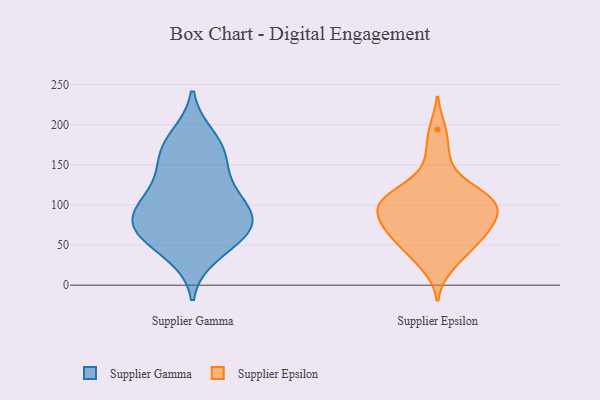
{"axis": {"x": "Inventory Turnover", "y": "Value"}, "legend": ["Supplier Epsilon", "Supplier Gamma"], "data": [{"x": "", "y": 59, "type": "Supplier Gamma"}, {"x": "", "y": 145, "type": "Supplier Gamma"}, {"x": "", "y": 72, "type": "Supplier Gamma"}, {"x": "", "y": 120, "type": "Supplier Gamma"}, {"x": "", "y": 169, "type": "Supplier Gamma"}, {"x": "", "y": 60, "type": "Supplier Gamma"}, {"x": "", "y": 74, "type": "Supplier Gamma"}, {"x": "", "y": 39, "type": "Supplier Gamma"}, {"x": "", "y": 88, "type": "Supplier Gamma"}, {"x": "", "y": 184, "type": "Supplier Gamma"}, {"x": "", "y": 90, "type": "Supplier Gamma"}, {"x": "", "y": 113, "type": "Supplier Gamma"}, {"x": "", "y": 89, "type": "Supplier Gamma"}, {"x": "", "y": 167, "type": "Supplier Gamma"}, {"x": "", "y": 82, "type": "Supplier Epsilon"}, {"x": "", "y": 85, "type": "Supplier Epsilon"}, {"x": "", "y": 77, "type": "Supplier Epsilon"}, {"x": "", "y": 111, "type": "Supplier Epsilon"}, {"x": "", "y": 165, "type": "Supplier Epsilon"}, {"x": "", "y": 62, "type": "Supplier Epsilon"}, {"x": "", "y": 105, "type": "Supplier Epsilon"}, {"x": "", "y": 22, "type": "Supplier Epsilon"}, {"x": "", "y": 105, "type": "Supplier Epsilon"}, {"x": "", "y": 194, "type": "Supplier Epsilon"}, {"x": "", "y": 111, "type": "Supplier Epsilon"}, {"x": "", "y": 37, "type": "Supplier Epsilon"}, {"x": "", "y": 101, "type": "Supplier Epsilon"}, {"x": "", "y": 95, "type": "Supplier Epsilon"}, {"x": "", "y": 138, "type": "Supplier Epsilon"}, {"x": "", "y": 115, "type": "Supplier Epsilon"}, {"x": "", "y": 53, "type": "Supplier Epsilon"}, {"x": "", "y": 65, "type": "Supplier Epsilon"}, {"x": "", "y": 76, "type": "Supplier Epsilon"}, {"x": "", "y": 48, "type": "Supplier Epsilon"}]}